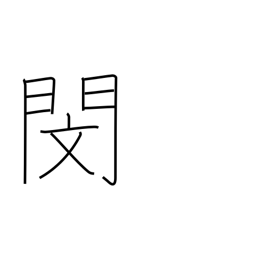
Meaning: pity